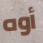
أوه